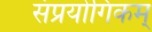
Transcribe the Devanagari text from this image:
संप्रयोगिकम्